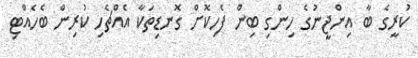
ކުރީގެ ބާ އިންޖީނުގެ ހިންގި ބިން ފެހިކޮށް ގޮނޑިތަކާ އެއްޗެހި ކުރިން ބެހެއްޓި